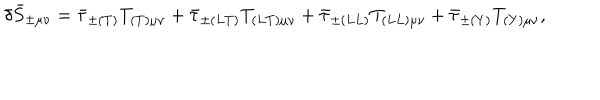
\delta \bar { S } _ { \pm \mu \nu } = \bar { \tau } _ { \pm ( T ) } T _ { ( T ) \mu \nu } + \bar { \tau } _ { \pm ( L T ) } T _ { ( L T ) \mu \nu } + \bar { \tau } _ { \pm ( L L ) } T _ { ( L L ) \mu \nu } + \bar { \tau } _ { \pm ( Y ) } T _ { ( Y ) \mu \nu } ,